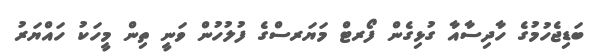
ބަޑިޖެހުމުގެ ހާދިސާއާ ގުޅިގެން ފޯރޓް މަޔަރސްގެ ފުލުހުން ވަނީ ތިން މީހަކު ހައްޔަރު